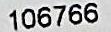
106766